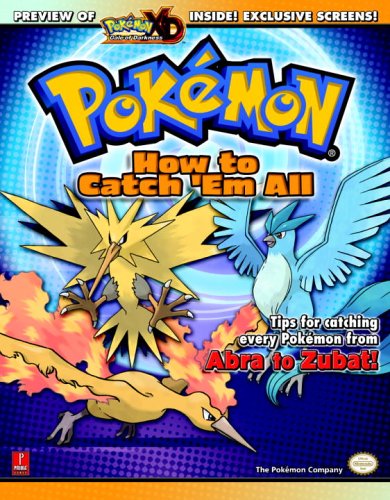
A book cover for Pokemon: How To Catch 'Em All (Prima Official Game Guide); Fletcher Black; Computers & Technology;